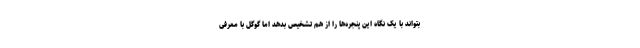
بتواند با یک نگاه این پنجره‌ها را از هم تشخیص بدهد اما گوگل با معرفی